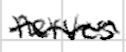
Text: nerves
Cross-out: wave
Writing tool: digital_black